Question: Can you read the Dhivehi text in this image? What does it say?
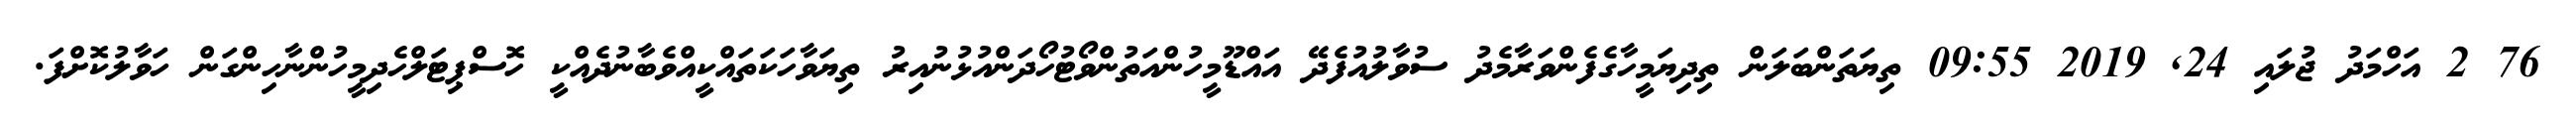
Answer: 76 2 އަހްމަދު ޖުލައި 24, 2019 09:55 ތިޔަތަންބަލަން ތިދިޔަމީހާގެފެންވަރާމެދު ސުވާލުއުފެދޭ އައްޑޫމީހުންއަތުންވޯޓުހޯދަންއުޅުނުއިރު ތިޔަވާހަކަތައްކީއްވެބާނުދެއްކީ ހޮސްޕިޓަލްހެދިމީހުންނާހިންގަން ހަވާލުކޮށްފަ.